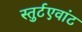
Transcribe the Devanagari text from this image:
स्तुर्टएवांट